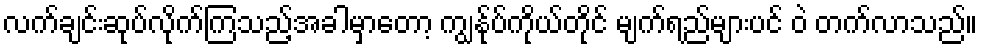
လက်ချင်းဆုပ်လိုက်ကြသည့်အခါမှာတော့ ကျွန်ုပ်ကိုယ်တိုင် မျက်ရည်များပင် ဝဲ တက်လာသည်။